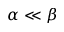
\alpha \ll \beta